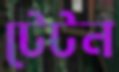
টেটন